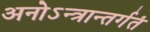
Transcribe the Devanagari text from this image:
अनोऽन्त्रान्तर्गतं